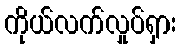
ကိုယ်လက်လှုပ်ရှား